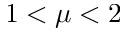
1 < \mu < 2